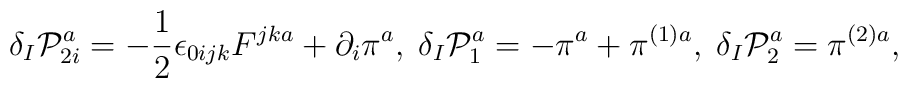
\delta _{I}\mathcal{P}_{2i}^{a}=-\frac{1}{2}\epsilon _{0ijk}F^{jka}+\partial_{i}\pi ^{a},\;\delta _{I}\mathcal{P}_{1}^{a}=-\pi ^{a}+\pi ^{(1)a},\;\delta_{I}\mathcal{P}_{2}^{a}=\pi ^{(2)a},